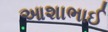
આશાભાઈ